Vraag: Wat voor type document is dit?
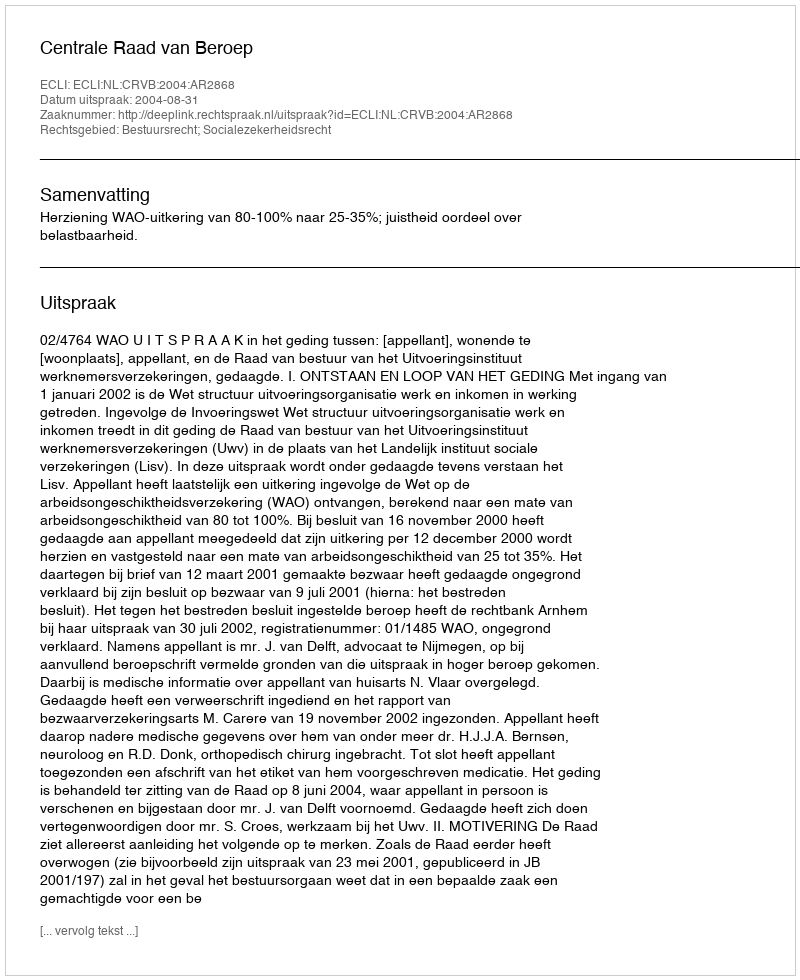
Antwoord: Uitspraak